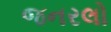
જનરલો